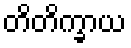
တိတိက္ခာယ